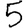
Digit: 5